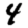
Digit: 4